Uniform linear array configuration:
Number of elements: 48
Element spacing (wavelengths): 0.5
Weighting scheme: binomial
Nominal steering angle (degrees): -60
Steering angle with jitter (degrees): -59.388
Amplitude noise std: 0.05
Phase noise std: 0.05

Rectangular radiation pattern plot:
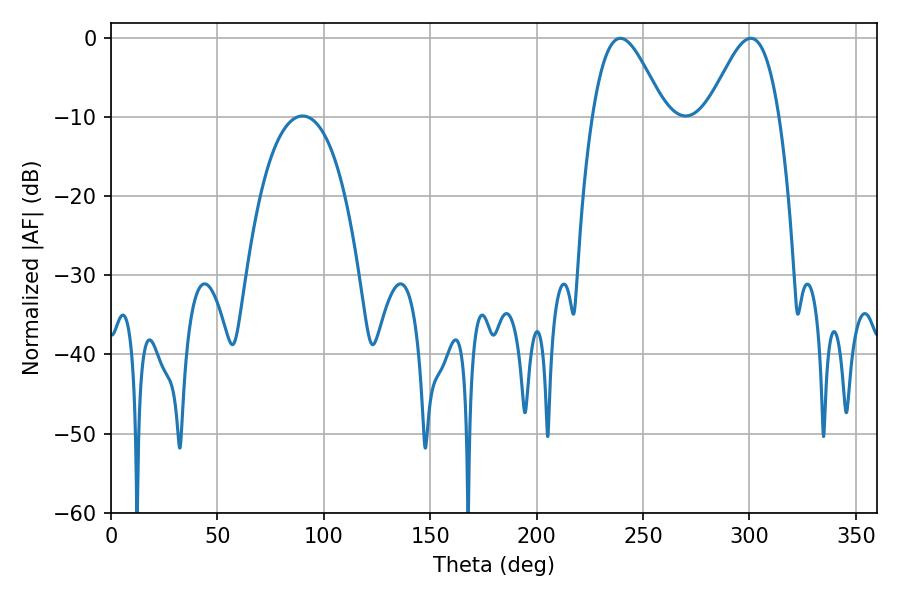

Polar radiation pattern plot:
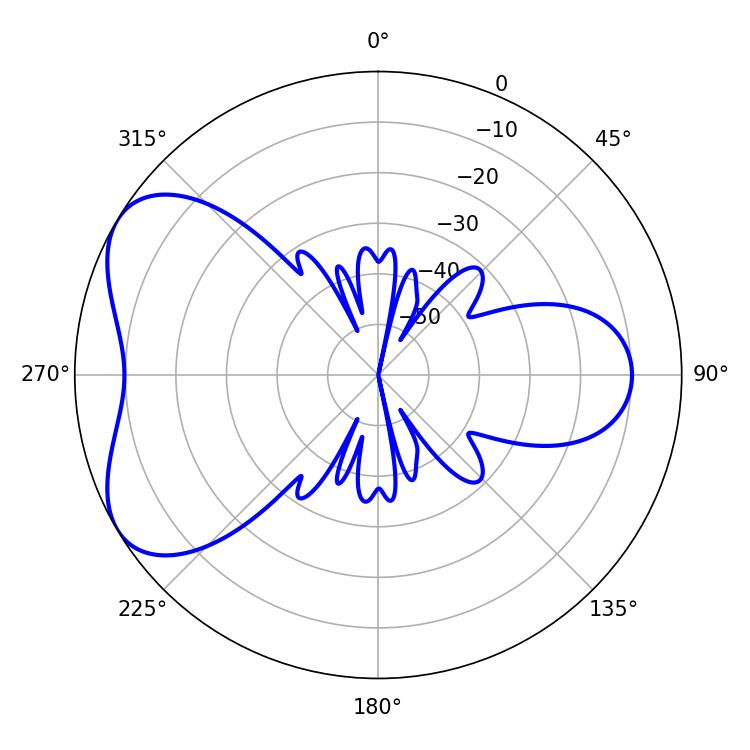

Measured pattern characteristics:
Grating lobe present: FALSE
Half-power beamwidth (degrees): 18
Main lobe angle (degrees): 239.4